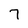
Character: 7